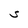
Character: S